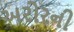
અરોરની